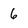
Character: 6